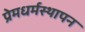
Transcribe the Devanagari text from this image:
प्रेमधर्मस्थापन